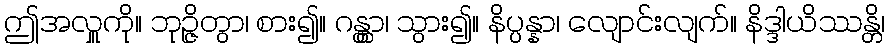
ဤအလှူကို။ ဘုဉ္ဇိတွာ၊ စား၍။ ဂန္တွာ၊ သွား၍။ နိပ္ပန္နာ၊ လျောင်းလျက်။ နိဒ္ဒါယိဿန္တိ၊